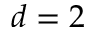
d = 2